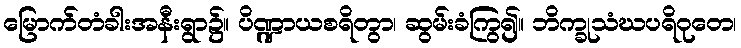
မြောက်တံခါးအနီးရွာ၌။ ပိဏ္ဍာယစရိတွာ၊ ဆွမ်းခံကြွ၍။ ဘိက္ခုသံဃပရိဝုတေ၊